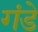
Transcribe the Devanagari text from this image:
गंडे